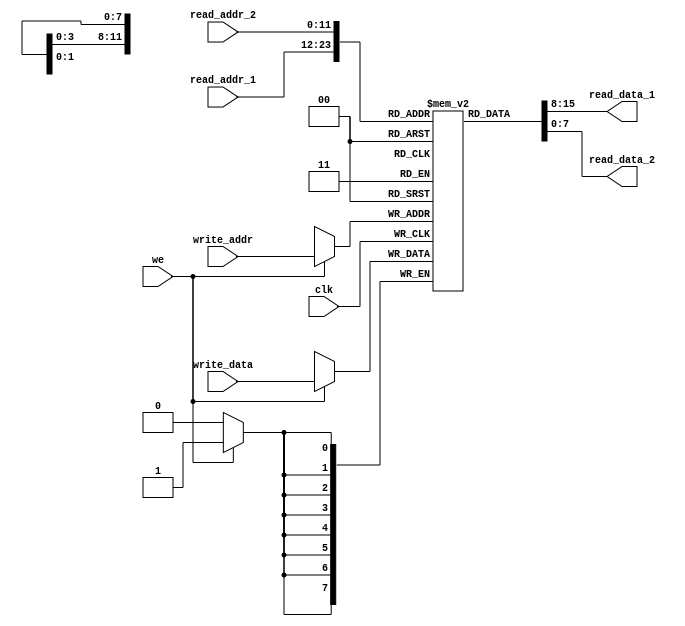
module dualPortRAM 
#(
    parameter ADDR_WIDTH = 12,
              DATA_WIDTH = 8
)
(
    input wire clk,
    input wire we,
    input wire [ADDR_WIDTH-1:0] read_addr_1,
    input wire [ADDR_WIDTH-1:0] read_addr_2,
    input wire [ADDR_WIDTH-1:0] write_addr,
    input wire [DATA_WIDTH-1:0] write_data,
    output wire [DATA_WIDTH-1:0] read_data_1,
    output wire [DATA_WIDTH-1:0] read_data_2
);

integer idx;
reg [DATA_WIDTH-1:0] ram [2**ADDR_WIDTH-1:0];

initial begin
    $dumpfile("test.vcd");
    for (idx = 0; idx < 2**ADDR_WIDTH; idx = idx + 1) $dumpvars(0, ram[idx]);
end

always @(posedge clk) 
begin
    if(we)
    begin
        ram[write_addr] <= write_data;
        $display("   ==>clk = %b, RAM[0] = %d, RAM[1] = %d, RAM[2] = %d, RAM[3] = %d\n   ==>we=%b, write_addr=%d, write_data=%d\n", clk, ram[0], ram[1], ram[2], ram[3], we, write_addr, write_data);
    end
end

assign read_data_1 = ram[read_addr_1];
assign read_data_2 = ram[read_addr_2];

endmodule